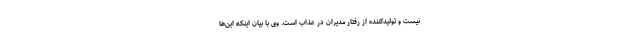
نیست و تولیدکننده از رفتار مدیران در عذاب است. وی با بیان اینکه این‌ها